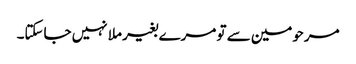
مرحومین سے تو مرے بغیر ملا نہیں جاسکتا۔